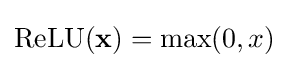
{\textstyle {\text{ReLU}}(\mathbf {x} )=\max(0,x)}